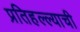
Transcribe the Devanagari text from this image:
प्रतिहल्ल्याची